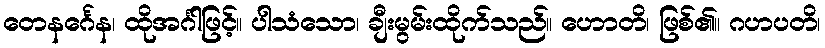
တေနင်္ဂေန၊ ထိုအင်္ဂါဖြင့်။ ပါသံသော၊ ချီးမွမ်းထိုက်သည်။ ဟောတိ၊ ဖြစ်၏။ ဂဟပတိ၊